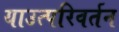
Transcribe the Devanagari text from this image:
याउत्परिवर्तन